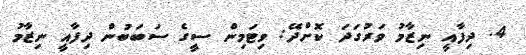
4. ދިފާއީ ނިޒާމު ވަރުގަދަ ކޮށްދޭ: ވިޓަމިން ސީގެ ސަބަބުން ދިފާއީ ނިޒާމު